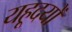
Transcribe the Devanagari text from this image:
यहूदयों